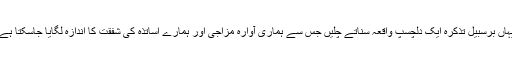
یہاں برسبیل تذکرہ ایک دلچسپ واقعہ سناتے چلیں جس سے ہماری آوارہ مزاجی اور ہمارے اساتذہ کی شفقت کا اندازہ لگایا جاسکتا ہے۔